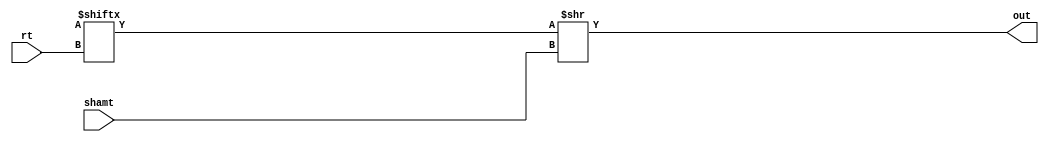
module srl(
  input[4:0] rt,
  input[4:0] shamt,
  output[31:0] out
);

assign out = glob.r[rt]>>shamt;

endmodule